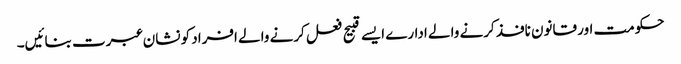
حکومت اور قانون نافذ کرنے والے ادارے ایسے قبیح فعل کرنے والے افراد کو نشان عبرت بنائیں۔